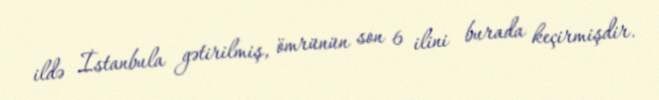
ildə İstanbula gətirilmiş, ömrünün son 6 ilini burada keçirmişdir.